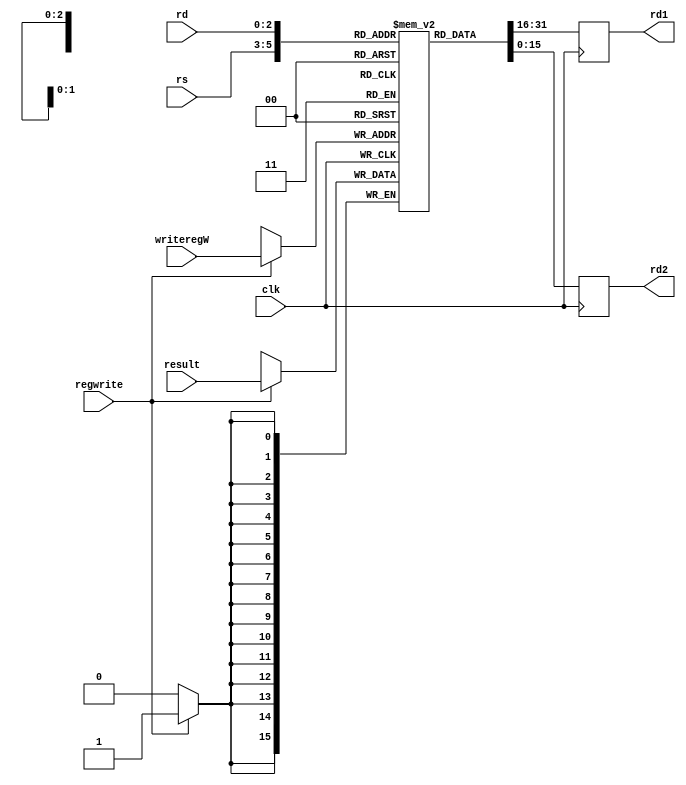
module regfile (	
						input				clk,
						input 			regwrite,
						input [2:0] 	rs,rd,writeregW,
						input [15:0] 	result,
						output reg [15:0]	rd1, rd2
						);
					
	reg [15:0] rf[7:0] ;  //rf[15:0]->[7:0] change

	always @ (posedge clk) begin
		if(regwrite) rf[writeregW] <= result;
		
	end
		
	//assign rd1 = (rd != 0) ? rf[rd] :0 ; //if(rd1==0) -> 0 else -> rd
	//assign rd2 = (rs != 0) ? rf[rs] :0 ; //if(rd2==0) -> 0 else -> rs

	always @ (posedge ~clk) begin //~clk kamo
		rd1 <= rf[rs];
		rd2 <= rf[rd];
	end
endmodule